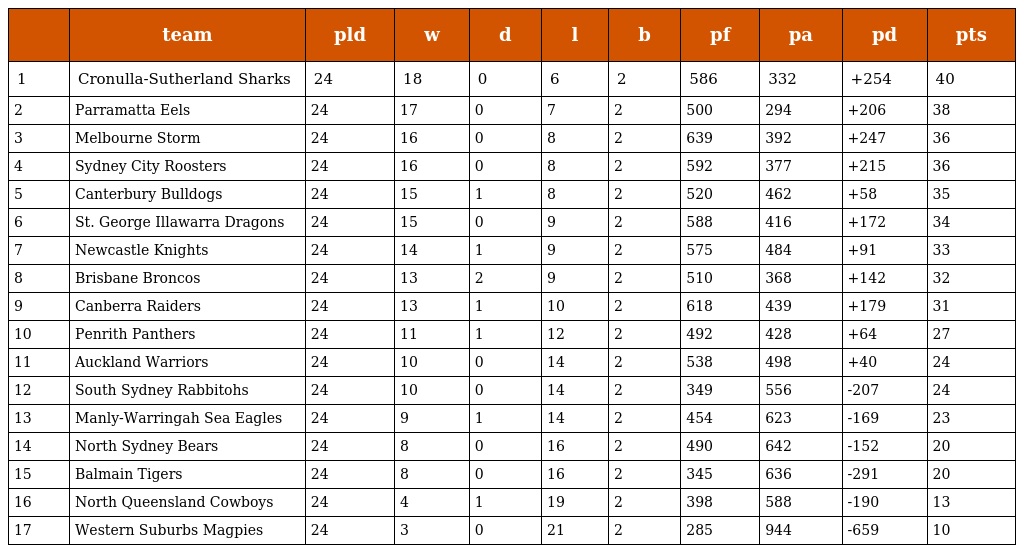
|  | team | pld | w | d | l | b | pf | pa | pd | pts |
 | --- | --- | --- | --- | --- | --- | --- | --- | --- | --- | --- |
 | 1 | Cronulla-Sutherland Sharks | 24 | 18 | 0 | 6 | 2 | 586 | 332 | +254 | 40 |
 | 2 | Parramatta Eels | 24 | 17 | 0 | 7 | 2 | 500 | 294 | +206 | 38 |
 | 3 | Melbourne Storm | 24 | 16 | 0 | 8 | 2 | 639 | 392 | +247 | 36 |
 | 4 | Sydney City Roosters | 24 | 16 | 0 | 8 | 2 | 592 | 377 | +215 | 36 |
 | 5 | Canterbury Bulldogs | 24 | 15 | 1 | 8 | 2 | 520 | 462 | +58 | 35 |
 | 6 | St. George Illawarra Dragons | 24 | 15 | 0 | 9 | 2 | 588 | 416 | +172 | 34 |
 | 7 | Newcastle Knights | 24 | 14 | 1 | 9 | 2 | 575 | 484 | +91 | 33 |
 | 8 | Brisbane Broncos | 24 | 13 | 2 | 9 | 2 | 510 | 368 | +142 | 32 |
 | 9 | Canberra Raiders | 24 | 13 | 1 | 10 | 2 | 618 | 439 | +179 | 31 |
 | 10 | Penrith Panthers | 24 | 11 | 1 | 12 | 2 | 492 | 428 | +64 | 27 |
 | 11 | Auckland Warriors | 24 | 10 | 0 | 14 | 2 | 538 | 498 | +40 | 24 |
 | 12 | South Sydney Rabbitohs | 24 | 10 | 0 | 14 | 2 | 349 | 556 | -207 | 24 |
 | 13 | Manly-Warringah Sea Eagles | 24 | 9 | 1 | 14 | 2 | 454 | 623 | -169 | 23 |
 | 14 | North Sydney Bears | 24 | 8 | 0 | 16 | 2 | 490 | 642 | -152 | 20 |
 | 15 | Balmain Tigers | 24 | 8 | 0 | 16 | 2 | 345 | 636 | -291 | 20 |
 | 16 | North Queensland Cowboys | 24 | 4 | 1 | 19 | 2 | 398 | 588 | -190 | 13 |
 | 17 | Western Suburbs Magpies | 24 | 3 | 0 | 21 | 2 | 285 | 944 | -659 | 10 |